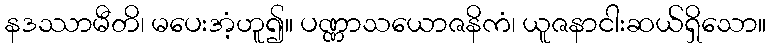
နဒဿာမီတိ၊ မပေးအံ့ဟူ၍။ ပဏ္ဏာသယောဇနိကံ၊ ယူဇနာငါးဆယ်ရှိသော။